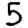
Digit: 5